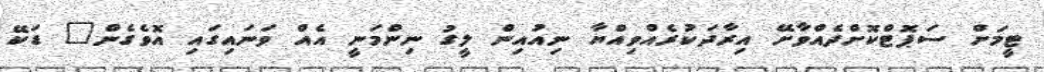
ޓީމަށް ސަޕޮޓްކޮށްދެއްވާށޭ އިރާދަކުރެއްވިއްޔާ ނިއުއިން ލީގު ނިންމަނީ އެއް ވަނައިގައި އޮވެގެން" ޑަކޭ